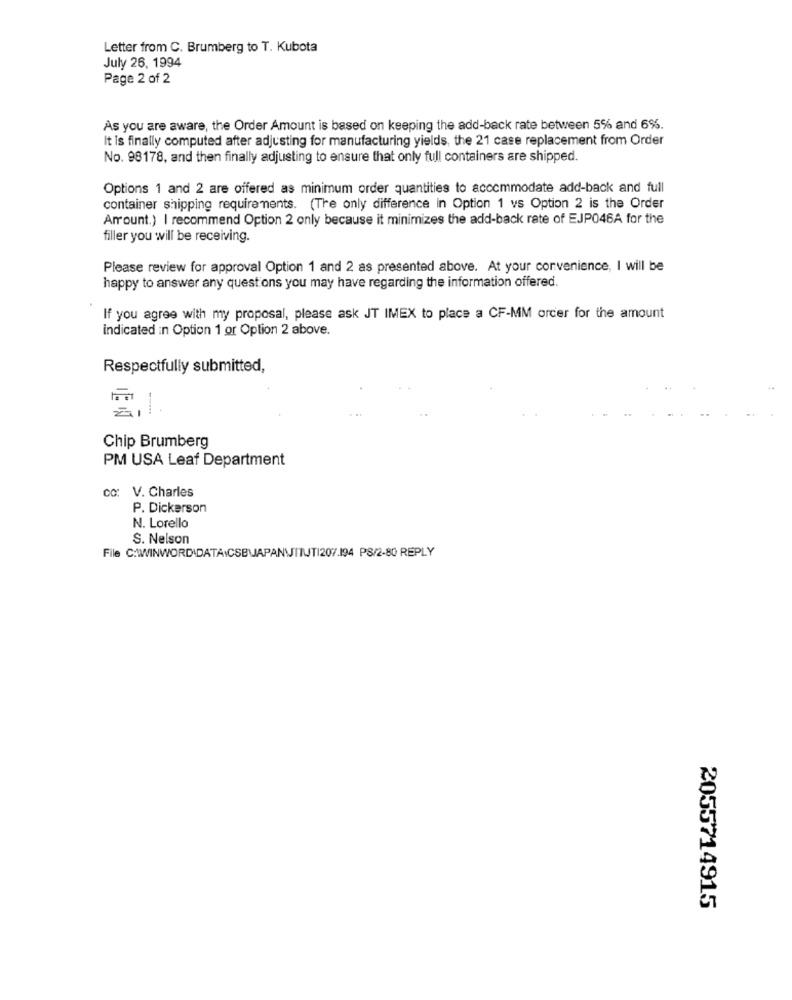
Letter from C. Brumberg to T. Kubota
July 26, 1994
Page 2 of 2
As you are aware, the Order Amount is based on keeping the add-back rate between 5% and 6%.
It is finally computed after adjusting for manufacturing yields, the 21 case replacement from Order
No. 98178, and then finally adjusting to ensure that only full containers are shipped.
Options 1 and 2 are offered as minimum order quantities to accommodate add-back and full
container shipping requirements. (The only difference in Option 1 vs Option 2 is the Order
Amount.) I recommend Option 2 only because it minimizes the add-back rate of EJP046A for the
filler you will be receiving.
Please review for approval Option 1 and 2 as presented above. At your convenience, I will be
happy to answer any questions you may have regarding the information offered.
If you agree with my proposal, please ask JT IMEX to place a CF-MM order for the amount
indicated in Option 1 or Option 2 above.
Respectfully submitted,
Chip Brumberg
PM USA Leaf Department
co: V. Charles
P. Dickerson
N. Lorello
S. Nelson
File C:\WINWORD DATA\CSB\APANITUTI207.194 PS/2-80 REPLY
2055714915